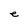
Character: e